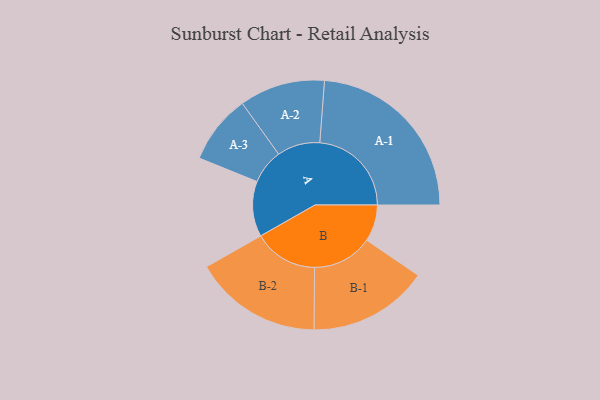
{"axis": {"x": "Segment", "y": "Value"}, "legend": ["", "A", "B"], "data": [{"x": "A", "y": 163, "type": ""}, {"x": "B", "y": 108, "type": ""}, {"x": "A-1", "y": 270, "type": "A"}, {"x": "A-2", "y": 126, "type": "A"}, {"x": "A-3", "y": 102, "type": "A"}, {"x": "B-1", "y": 177, "type": "B"}, {"x": "B-2", "y": 189, "type": "B"}]}